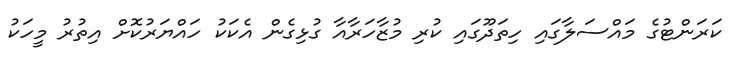
ކަރަންޓުގެ މައްސަލާގައި ހިތަދޫގައި ކުރި މުޒާހަރާއާ ގުޅިގެން އެކަކު ހައްޔަރުކޮށް އިތުރު މީހަކު